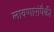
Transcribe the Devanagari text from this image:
लावणारांपैकी